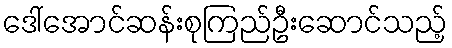
ဒေါ်အောင်ဆန်းစုကြည်ဦးဆောင်သည့်